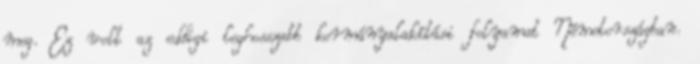
meg. Ez volt az eddigi leghosszabb kormányalakítási folyamat Németországban.